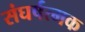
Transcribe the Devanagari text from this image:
संघर्षत्मक